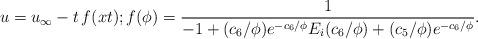
LaTeX: \begin{align*}u=u_{\infty}-t\,f(xt);f(\phi)=\frac{1}{-1+(c_6/\phi) e^{-c_6/\phi}E_i(c_6/\phi)+(c_5/\phi)e^{-c_6/\phi}}.\end{align*}